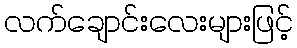
လက်ချောင်းလေးများဖြင့်